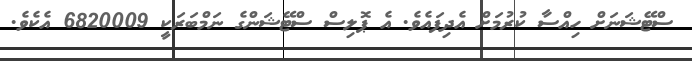
ސްޓޭޝަނަށް ހިއްސާ ކުރުމަށް އެދިފައެވެ. އެ ޕޮލިސް ސްޓޭޝަންގެ ނަމްބަރަކީ 6820009 އެކެވެ.